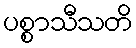
ပစ္စာသီသတိ